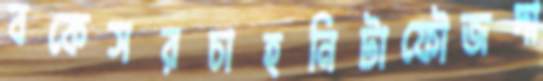
বকেসরচাহনিটাফৌজদা